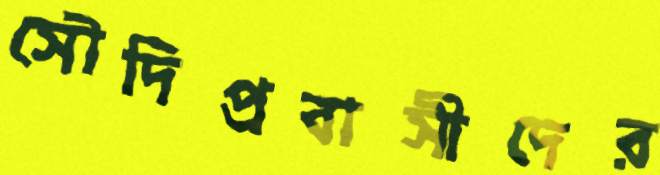
সৌদিপ্রবাসীদের